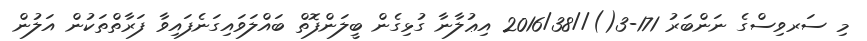
މި ސަރވިސްގެ ނަންބަރު 171-3()//2016/38 އިޢުލާނާ ގުޅިގެން ބީލަންފޮތް ބައްލަވައިގަނެފައިވާ ފަރާތްތަކުން އަލުން